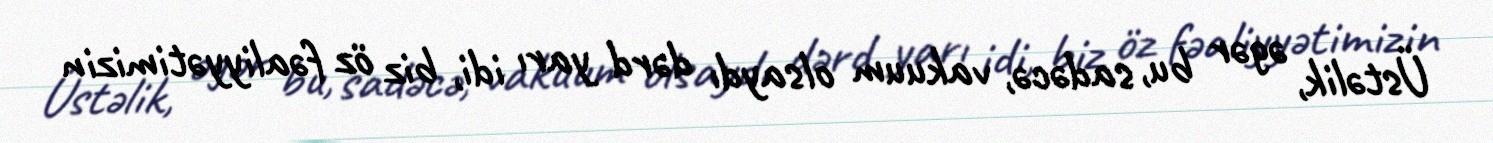
Üstəlik, əgər bu, sadəcə, vakuum olsaydı dərd yarı idi, biz öz fəaliyyətimizin